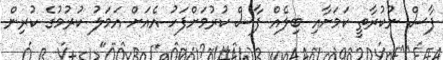
ފާސް ނުކުރާތީ ކަމަށާއި ބިލެއް ފާސް ކުރުމަށްފަހު އެއަށް އަމަލު ކުރުމުގެ ކުރިން